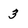
Character: 3